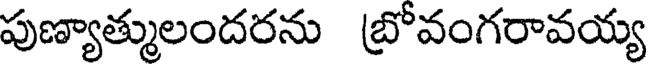
పుణ్యాత్ములందరను బ్రోవంగరావయ్య